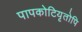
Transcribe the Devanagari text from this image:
पापकोटियृतोपि